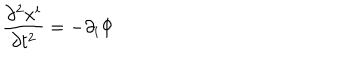
LaTeX: \frac { \partial ^ { 2 } x ^ { i } } { \partial t ^ { 2 } } = - \partial _ { i } \Phi